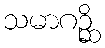
သမာဂဉ္ဆိ